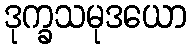
ဒုက္ခသမုဒယော